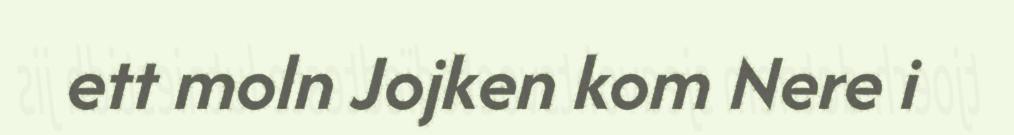
ett moln Jojken kom Nere i